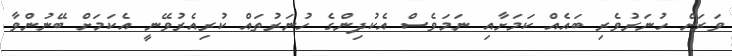
ވަރަށް ހުނަރުވެރި ބައެއް ކަމަށާއި ނަމަވެސް އެކުދިންގެ ހުނަރުތައް ކުރިއެރުވޭނީ އެކަމަށް ބޭނުންވާ